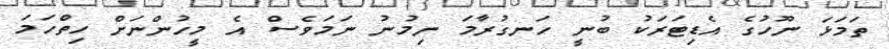
ތަމަޅަ ނޫހުގެ އެޑިޓަރަކު ބުނީ ހަނގުރާމަ ނިމުނު ނަމަވެސް އެ މީހުންނަށް ހިތްހަމަ